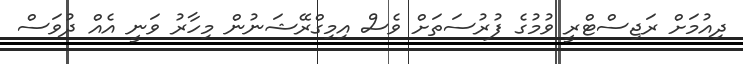
ދިއުމަށް ރަޖިސްޓްރީ ވުމުގެ ފުރުސަތަށް ވެސް އިމިގްރޭޝަނުން މިހާރު ވަނީ އެއް ދުވަސް